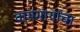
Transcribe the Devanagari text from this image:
वाममार्गांचा